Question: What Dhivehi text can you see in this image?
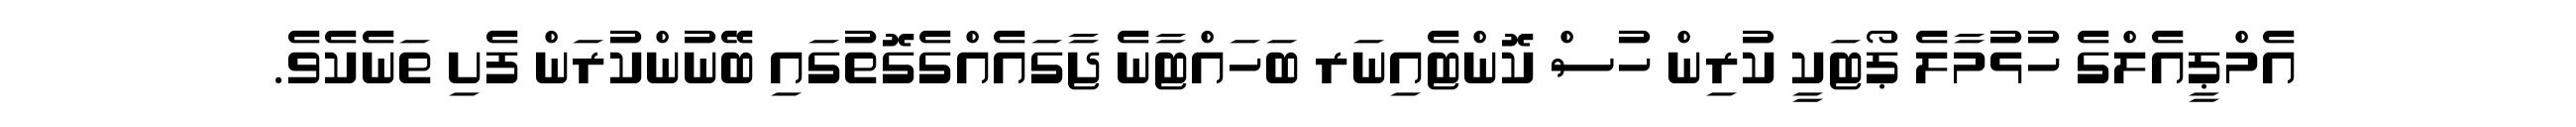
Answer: އެމްޕީއެލްގެ ހުޅުމާލެ ޕޯޓަކީ ކުރިން ހުސް ކޮންޓެއިނަރ ބަހައްޓާނެ ޖާގައެއްގެގޮތުގައި ބޭނުންކުރަން ފެށި ތަނެކެވެ.